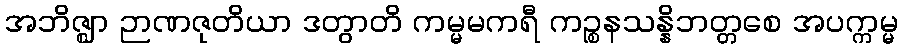
အဘိဇ္ဈာ ဉာဏဇုတိယာ ဒတွာတိ ကမ္မမကရီ ကဉ္စနသန္နိဘတ္တစေ အပက္ကမ္မ